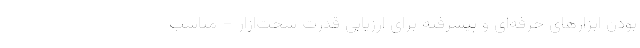
بودن ابزارهای حرفه‌ای و پیشرفته برای ارزیابی قدرت سخت‌ازار – مناسب